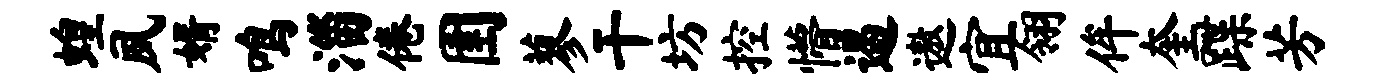
蝗夙婿鸣淄倦圉蓼干坊控懵遏遨宜翎侔奎蹀芳